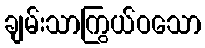
ချမ်းသာကြွယ်ဝသော